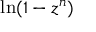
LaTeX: \ln ( 1 - z ^ { n } )